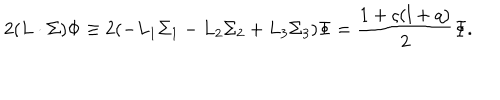
2 ( L \cdot \Sigma ) \Phi \equiv 2 ( - L _ { 1 } \Sigma _ { 1 } - L _ { 2 } \Sigma _ { 2 } + L _ { 3 } \Sigma _ { 3 } ) \Phi = \frac { 1 + \varsigma ( l + q ) } { 2 } \Phi .